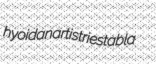
hyoidan artistries tabla